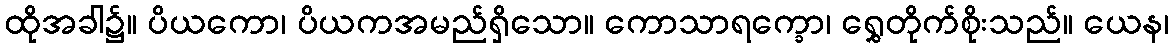
ထိုအခါ၌။ ပိယကော၊ ပိယကအမည်ရှိသော။ ကောသာရက္ခော၊ ရွှေတိုက်စိုးသည်။ ယေန၊